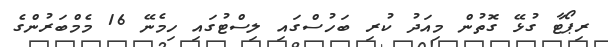
ރިޕޯޓާ ގުޅޭ ގޮތުން މިއަދު ކުރި ބަހުސްގައި ލިސްޓުގައި ހިމެނޭ 16 މެމްބަރުންގެ